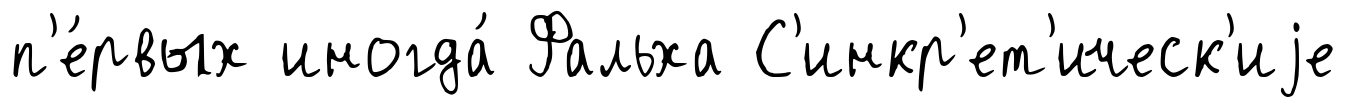
п'е́рвых иногда́ Фальха С'инкр'ет'ическ'иjе